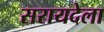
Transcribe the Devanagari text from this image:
सरायदेला